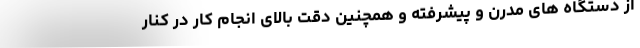
از دستگاه های مدرن و پیشرفته و همچنین دقت بالای انجام کار در کنار